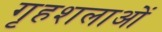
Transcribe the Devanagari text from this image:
गृहशलाओं